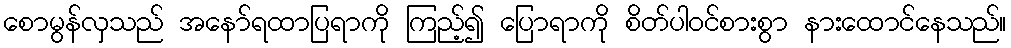
စောမွန်လှသည် အနော်ရထာပြရာကို ကြည့်၍ ပြောရာကို စိတ်ပါဝင်စားစွာ နားထောင်နေသည်။